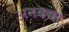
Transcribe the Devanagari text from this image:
अनवद्या